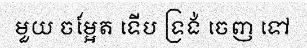
មួយ ចម្អែត ទើប ទ្រង់ ចេញ ទៅ